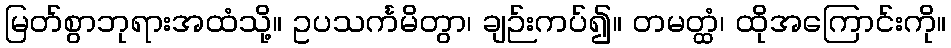
မြတ်စွာဘုရားအထံသို့။ ဥပသင်္ကမိတွာ၊ ချဉ်းကပ်၍။ တမတ္ထံ၊ ထိုအကြောင်းကို။